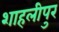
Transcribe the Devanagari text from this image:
शाहलीपुर